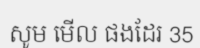
សូម មើល ផងដែរ 35